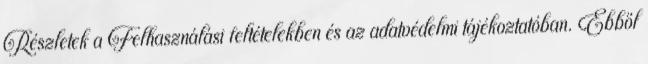
Részletek a Felhasználási feltételekben és az adatvédelmi tájékoztatóban. Ebből